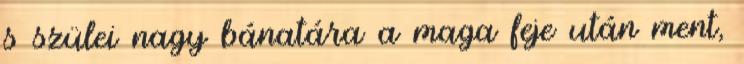
s szülei nagy bánatára a maga feje után ment,